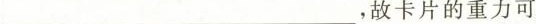
___，故卡片的重力可